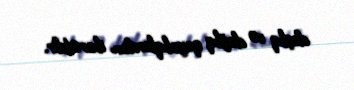
daşlıq və dağlıq qayalıqlardan ibarətdir.